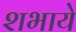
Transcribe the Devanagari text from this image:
शभाये